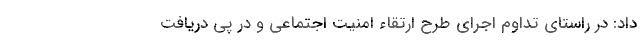
داد: در راستای تداوم اجرای طرح ارتقاء امنیت اجتماعی و در پی دریافت